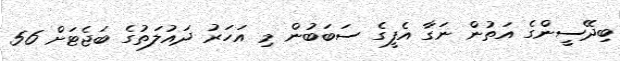
ބިދޭސީންގެ އަތުން ނަގާ އެފީގެ ސަބަބުން މި އަހަރު ދައުލަތުގެ ބަޖެޓަށް 56